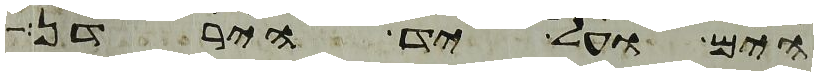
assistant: הים ועל יד הירדן